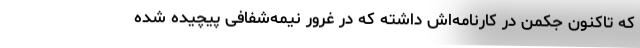
که تاکنون جکمن در کارنامه‌اش داشته که در غرور نیمه‌شفافی پیچیده شده